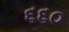
૬૬૦